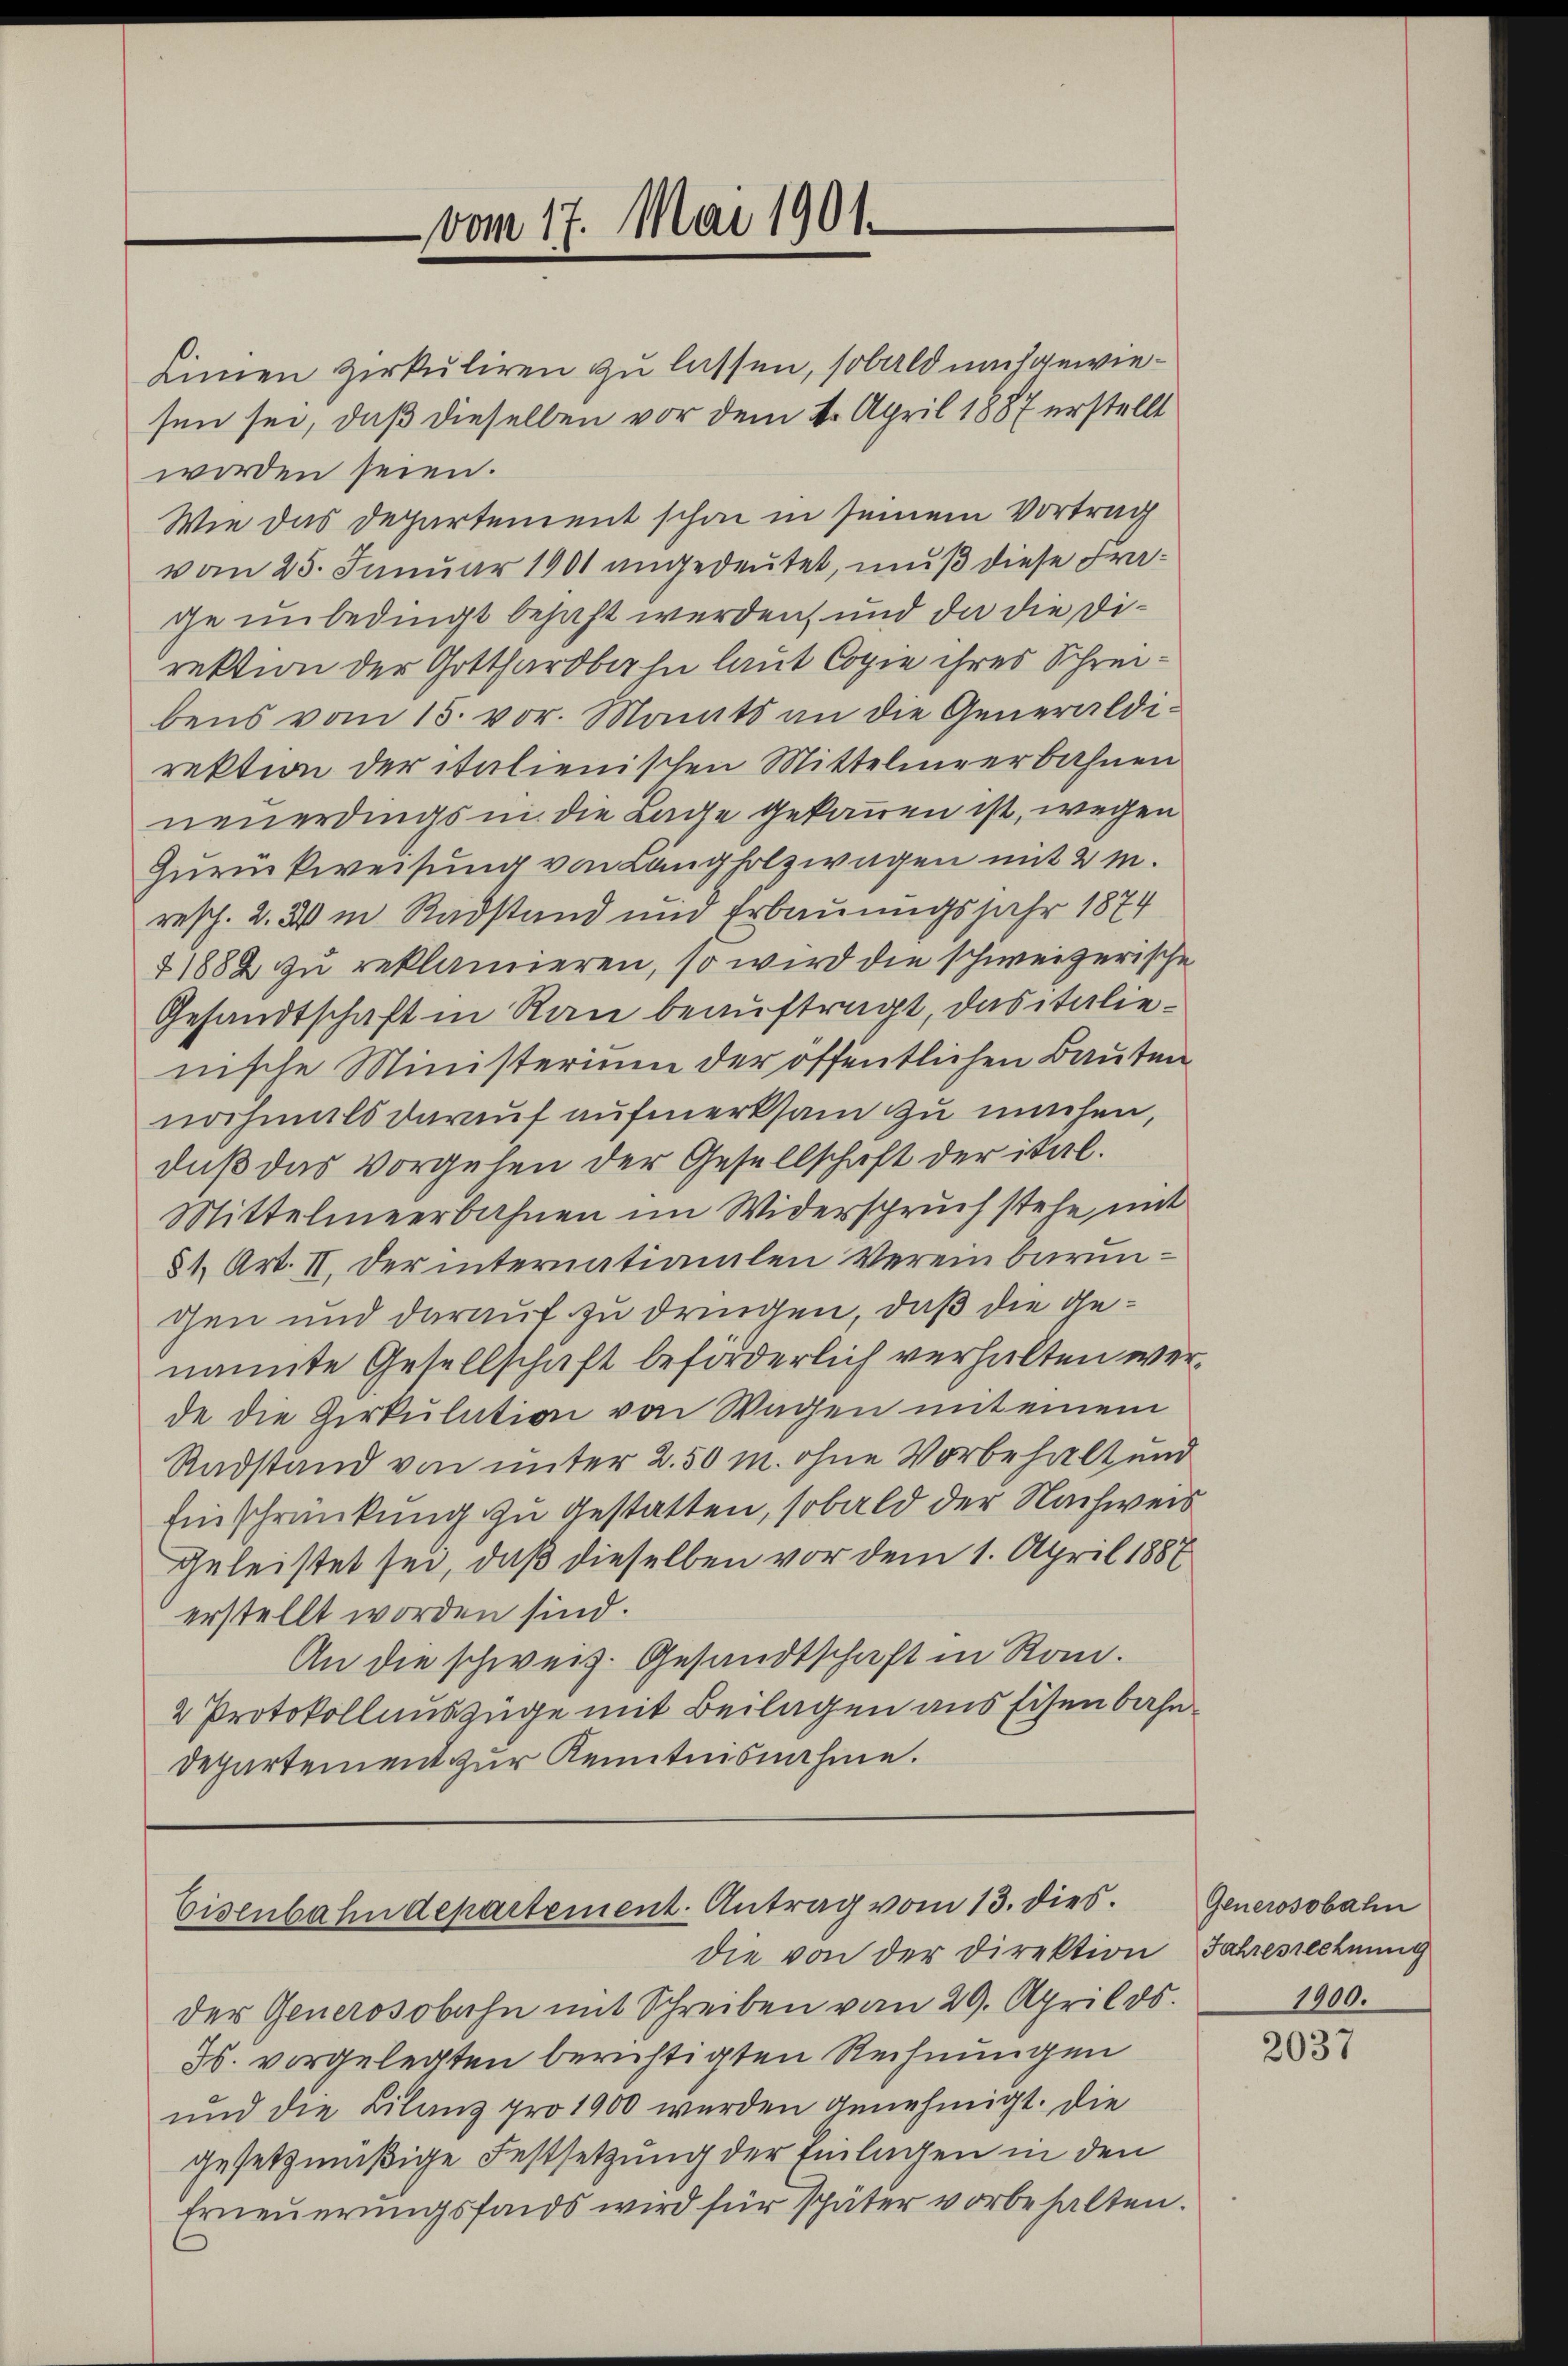
vom 17. Mai 1901.

Linien Zirkuliren zu lassen, sobald mit gewiesen sei, daß dieselben vor dem 4. April 1887 erstellt
worden seien.
Wie das Departement schon in seinem Vortrag
vom 25. Januar 1901 angedeutet, muß diese Frage unbedingt bejaht werden, und da die Direktion der Gotthardbahn laut Copie ihres Schreibens vom 15. vor. Manits an die Generaldirektion der italienischen Mittelmeerbahnen
neuerdings in die Lage gekommen ist, wegen
Zurückweisung von Langholzwagen mit 2 m.
resch. 2. 3 in Radstand und Erbauungsjahr 1874
+ 1889 zu reklamieren, so wird die schweizerische
Gesandtschaft in Rau beauftragt, das italienische Ministerium der öffentlichen Bauten
nochmals darauf aufmerksam zu machen,
daß das vorgehen der Gesellschaft der ital.
Mittelmeerbahnen im Widerspruch stehe mit
81. Art. II. Der internationalen Vereinbarungen und darauf zu dringen, daß die Genannte Gesellschaft beförderlich verhalten werde die Zirkulation von Wagen mit einem
Radstand von unter 2.50 m. ohne Vorbehalt und
Einschränkung zu gestatten, sobald der Nachweis
geleistet sei, daß dieselben vor dem 1. April 1887
erstellt worden sind.
An die schweiz. Gesandtschaft in Rom.
2 Protokollauszüge mit Beilagen aus Eisenbahn¬
Departement zur Kenntnisnahme.

Eisenbahndepartement. Antrag vom 13. dies.
die von der Direktion Jahresrechnung

der Generosobahn mit Schreiben vom 29. April ds.
Js. vorgelegten berichtigten Rechnungen
und die Lilanz pro 1900 werden genehmigt. Die
gesetzmäßige Festsetzung der Einlagen in den
Erneŭerŭngsfonds wird für später vorbehalten.

Generosobahn
1900.

2037